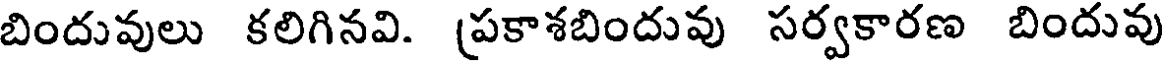
బిందువులు కలిగినవి. (పకాశబిందువు సర్వకారణ బిందువు